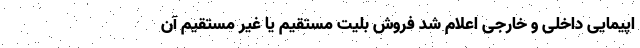
اپیمایی داخلی و خارجی اعلام شد فروش بلیت مستقیم یا غیر مستقیم آن